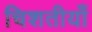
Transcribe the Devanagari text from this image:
चिशतीयाँ